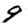
Digit: 9